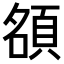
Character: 𬱃